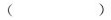
()